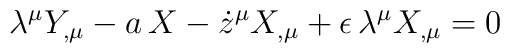
\lambda^{\mu} Y_{,\mu} - a \, X - \dot{z}^{\mu} X_{,\mu}+ \epsilon \, \lambda^{\mu} X_{,\mu} = 0